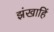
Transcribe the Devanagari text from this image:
झंखाहिं